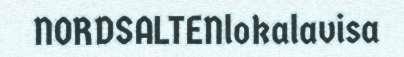
NORDSALTENlokalavisa